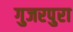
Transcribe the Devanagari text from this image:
गुजरपुरा